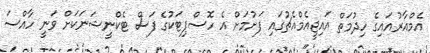
އެމްއާރުއައިގެ ހިދުމަތް އައިޖީއެމްއެޗުގައި ފަށުމަށް އެ ހޮސްޕިޓަކުގެ ފަސް ޓެކްނީޝަނަކަށް ވަނީ ހާއްސަ